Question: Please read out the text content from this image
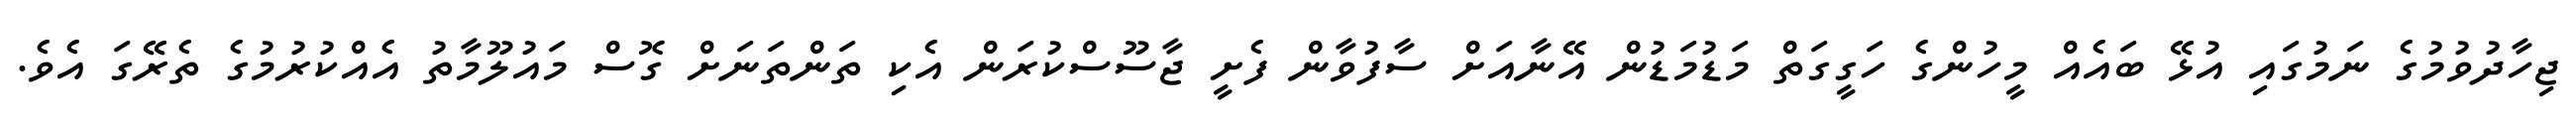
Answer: ޖިހާދުވުމުގެ ނަމުގައި އުޅޭ ބައެއް މީހުންގެ ހަގީގަތް މަޑުމަޑުން އޭނާއަށް ސާފުވާން ފެށީ ޖާސޫސްކުރަން އެކި ތަންތަނަށް ގޮސް މައުލޫމާތު އެއްކުރުމުގެ ތެރޭގަ އެވެ.